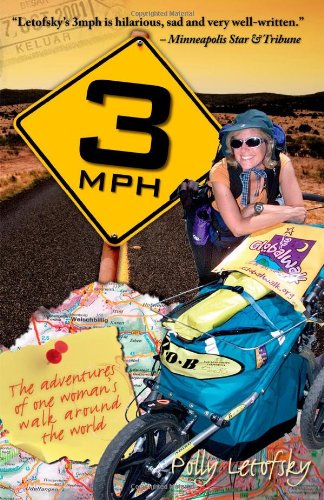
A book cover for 3mph: The Adventures of One Woman's Walk Around the World; Polly Letofsky; Health, Fitness & Dieting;